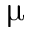
\upmu